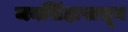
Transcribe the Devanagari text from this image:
जयसिंहापासून